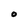
Character: O